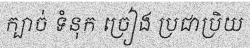
ក្បាច់ ទំនុក ច្រៀង ប្រជាប្រិយ